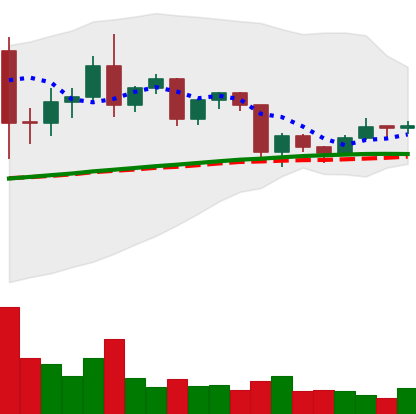
Ticker: TRX-USD
Chart end date: 2020-12-15
Forward return: 6.913%
Label: up_5_7